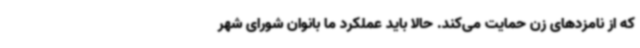
که از نامزدهای زن حمایت می‌کند. حالا باید عملکرد ما بانوان شورای شهر